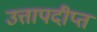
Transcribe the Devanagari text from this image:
उत्तापदीप्त